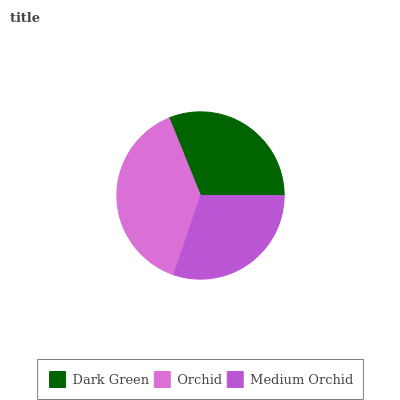
| Dark Green | Orchid | Medium Orchid |
 | --- | --- | --- |
 | 31.2% | 38.6% | 30.2% |